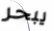
يبحر